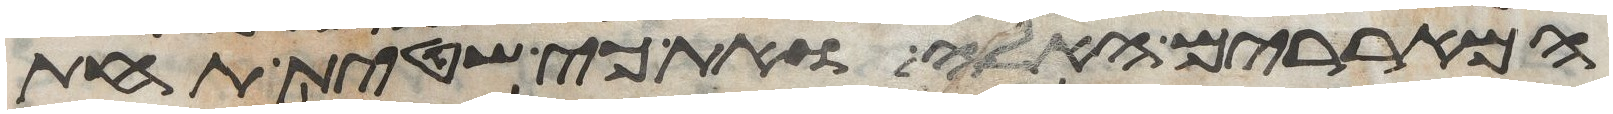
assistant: המאררים האלה ואת כי שטית תחת